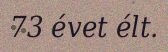
73 évet élt.